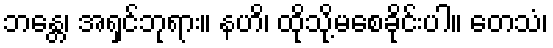
ဘန္တေ၊ အရှင်ဘုရား။ နဟိ၊ ထိုသို့မစေခိုင်းပါ။ တေသံ၊